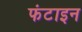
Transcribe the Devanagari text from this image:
फंटाइन